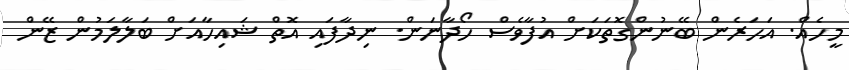
މީހެއް. އަހަރެން ބޭނުންްގޮތަކަށް އުފާވެސް ހޯދާނަން. ނިދާފައި އޮތް ޝައިިހާާއަށް ބަލާލަމުން ޒޭން